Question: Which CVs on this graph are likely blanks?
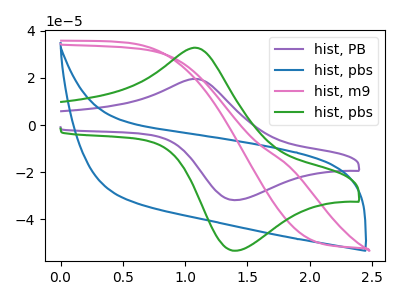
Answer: <think>The purple curve "hist, PB" has an anodic peak at (1.05V, 19.60uA) and a cathodic peak at (1.40V, -31.85uA). The blue curve "hist, pbs" has no peaks. The pink curve "hist, m9" has no peaks. The green curve "hist, pbs" has an anodic peak at (1.05V, 32.85uA) and a cathodic peak at (1.40V, -53.35uA).</think>
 <answer>"hist, pbs" and "hist, m9" are likely to be blanks.</answer>
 <eval>"hist, pbs", "hist, m9"</eval>